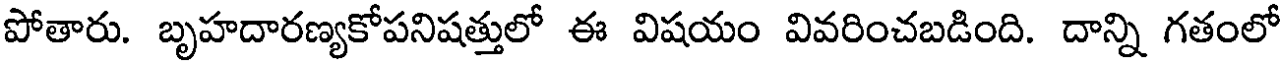
పోతారు. బృహదారణ్యకోపనిషత్తులో ఈ విషయం వివరించబడింది. దాన్ని గతంలో